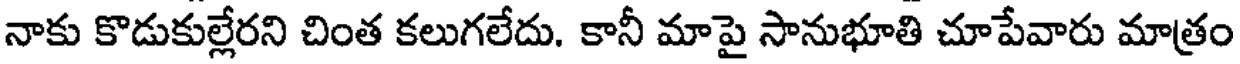
నాకు కొడుకుల్లేరని చింత కలుగలేదు. కానీ మాపై సానుభూతి చూపేవారు మాత్రం